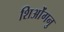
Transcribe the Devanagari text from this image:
शिओंगनु